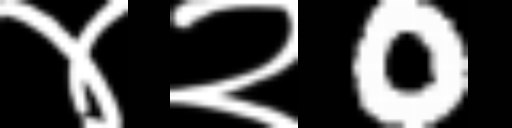
Text: ४२0